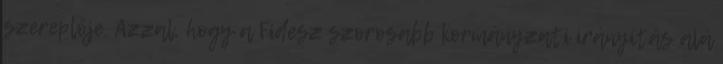
szereplője. Azzal, hogy a Fidesz szorosabb kormányzati irányítás alá